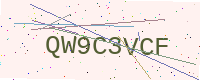
Text: QW9C3VCF